Senior Leaving Certificate Examination (including Day School Certificate (Higher) General paper), 1949
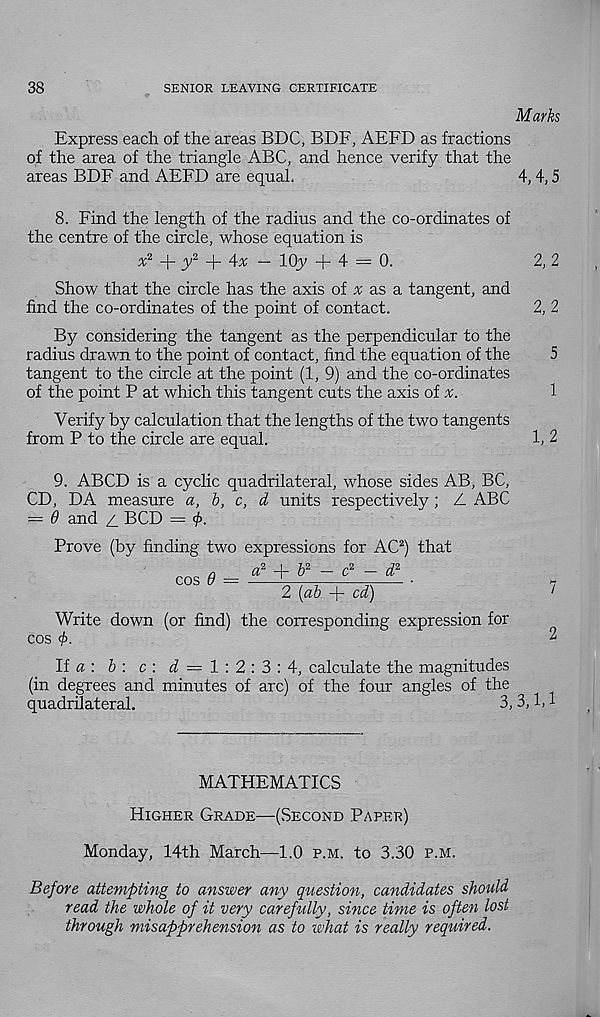
38
SENIOR LEAVING CERTIFICATE
Marks
Express each of the areas BDC, BDF, AEFD as fractions
of the area of the triangle ABC, and hence verify that the
areas BDF and AEFD are equal.
4, 4,5
8. Find the length of the radius and the co-ordinates of
the centre of the circle, whose equation is
x 2
y 2
— 10y + 4 = 0.
2, 2
Show that the circle has the axis of a; as a tangent, and
find the co-ordinates of the point of contact.
2, 2
By considering the tangent as the perpendicular to the
radius drawn to the point of contact, find the equation of the
5
tangent to the circle at the point (1, 9) and the co-ordinates
of the point P at which this tangent cuts the axis of v.
1
Verify by calculation that the lengths of the two tangents
from P to the circle are equal.
1, 2
9. ABCD is a cyclic quadrilateral, whose sides AB, BC,
CD, DA measure a, b, c, d units respectively; A ABC
= 6 and ,/ BCD = <f>.
Prove (by finding two expressions for AC 2 ) that
a
a 2
b 2 — c 2 — d 2
2 [ab + cd)
Write down (or find) the corresponding expression for
cos +
7
2
If a: b \ c \ <7 = 1 : 2 : 3 : 4, calculate the magnitudes
(in degrees and minutes of arc) of the four angles of the
quadrilateral.
3, 3,1,1
MATHEMATICS
Higher Grade—(Second Paper)
Monday, 14th March—1.0 p.m. to 3.30 p.m.
Before attempting to answer any question, candidates should
read the whole of it very carefully, since time is often lost
through misapprehension as to what is really required.